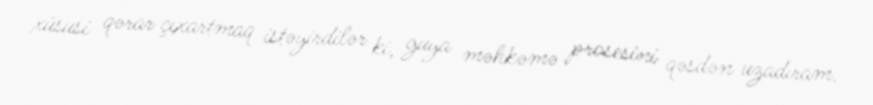
xüsusi qərar çıxartmaq istəyirdilər ki, guya məhkəmə prosesini qəsdən uzadıram.